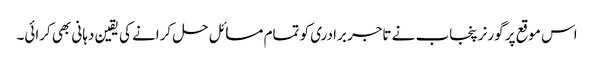
اس موقع پر گورنر پنجاب نے تاجر برادری کو تمام مسائل حل کرانے کی یقین دہانی بھی کرائی۔